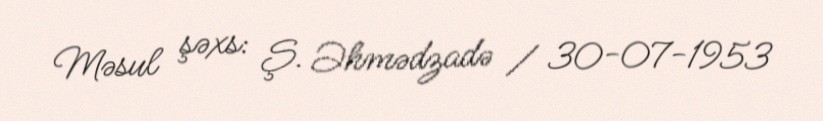
Məsul şəxs: Ş. Əhmədzadə / 30-07-1953